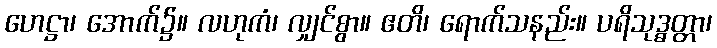
ဟေဋ္ဌာ၊ အောက်၌။ လဟုကံ၊ လျှင်စွာ။ ဧတိ၊ ရောက်သနည်း။ ပရိသုဒ္ဓတ္တာ၊